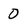
Character: 0